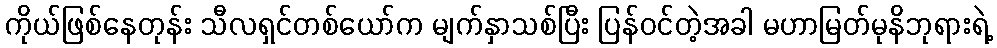
ကိုယ်ဖြစ်နေတုန်း သီလရှင်တစ်ယော်က မျက်နှာသစ်ပြီး ပြန်ဝင်တဲ့အခါ မဟာမြတ်မုနိဘုရားရဲ့